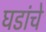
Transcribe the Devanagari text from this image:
घडांचे